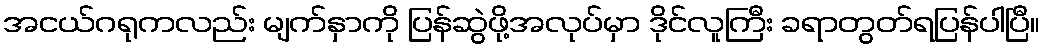
အငယ်ဂရုကလည်း မျက်နှာကို ပြန်ဆွဲဖို့အလုပ်မှာ ဒိုင်လူကြီး ခရာတွတ်ရပြန်ပါပြီ။